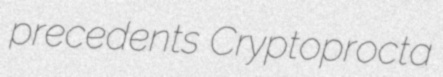
precedents Cryptoprocta